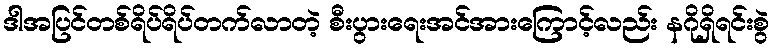
ဒါအပြင်တစ်ရိပ်ရိပ်တက်လာတဲ့ စီးပွားရေးအင်အားကြောင့်လည်း နဂိုရှိရင်းစွဲ